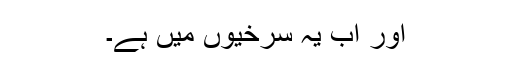
اور اب یہ سرخیوں میں ہے۔